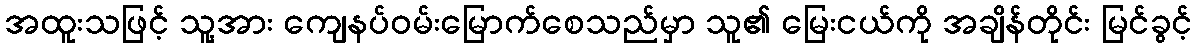
အထူးသဖြင့် သူ့အား ကျေနပ်ဝမ်းမြောက်စေသည်မှာ သူ၏ မြေးငယ်ကို အချိန်တိုင်း မြင်ခွင့်